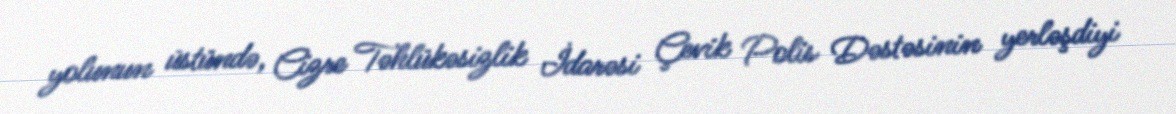
yolunun üstündə, Cizre Təhlükəsizlik İdarəsi Çevik Polis Dəstəsinin yerləşdiyi